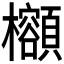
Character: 𪴣